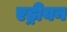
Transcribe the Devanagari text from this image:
एड्रीयन